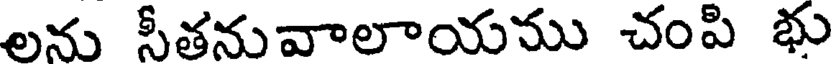
లను సీతనువాలాయము చంపి భు